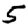
Digit: 5